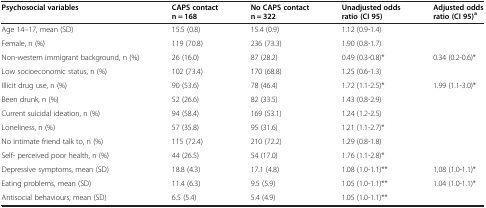
<table><thead><tr><td><b>Psychosocial variables</b></td><td><b>CAPS contact n = 168</b></td><td><b>No CAPS contact n = 322</b></td><td><b>Unadjusted odds ratio (CI 95)</b></td><td><b>Adjusted odds ratio (CI 95)<sup>a</sup></b></td></tr></thead><tbody><tr><td>Age 14–17, mean (SD)</td><td>15.5 (0.8)</td><td>15.4 (0.9)</td><td>1.12 (0.9-1.4)</td><td> </td></tr><tr><td>Female, n (%)</td><td>119 (70.8)</td><td>236 (73.3)</td><td>1.90 (0.8-1.7)</td><td> </td></tr><tr><td>Non-western immigrant background, n (%)</td><td>26 (16.0)</td><td>87 (28.2)</td><td>0.49 (0.3-0.8)*</td><td>0.34 (0.2-0.6)*</td></tr><tr><td>Low socioeconomic status, n (%)</td><td>102 (73.4)</td><td>170 (68.8)</td><td>1.25 (0.6-1.3)</td><td> </td></tr><tr><td>Illicit drug use, n (%)</td><td>90 (53.6)</td><td>78 (46.4)</td><td>1.72 (1.1-2.5)*</td><td>1.99 (1.1-3.0)*</td></tr><tr><td>Been drunk, n (%)</td><td>52 (26.6)</td><td>82 (33.5)</td><td>1.43 (0.8-2.9)</td><td> </td></tr><tr><td>Current suicidal ideation, n (%)</td><td>94 (58.4)</td><td>169 (53.1)</td><td>1.24 (1.2-2.5)</td><td> </td></tr><tr><td>Loneliness, n (%)</td><td>57 (35.8)</td><td>95 (31.6)</td><td>1.21 (1.1-2.7)*</td><td> </td></tr><tr><td>No intimate friend talk to, n (%)</td><td>115 (72.4)</td><td>210 (72.2)</td><td>1.29 (0.8-1.8)</td><td> </td></tr><tr><td>Self- perceived poor health, n (%)</td><td>44 (26.5)</td><td>54 (17.0)</td><td>1.76 (1.1-2.8)*</td><td> </td></tr><tr><td>Depressive symptoms, mean (SD)</td><td>18.8 (4.3)</td><td>17.1 (4.8)</td><td>1.08 (1.0-1.1)**</td><td>1,08 (1.0-1.1)*</td></tr><tr><td>Eating problems, mean (SD)</td><td>11.4 (6.3)</td><td>9.5 (5.9)</td><td>1.05 (1.0-1.1)**</td><td>1.04 (1.0-1.1)*</td></tr><tr><td>Antisocial behaviours, mean (SD)</td><td>6.5 (5.4)</td><td>5.4 (4.9)</td><td>1.05 (1.0-1.1)**</td><td> </td></tr></tbody></table>